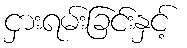
ငှားရမ်းခြင်းနှင့်